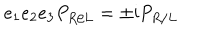
e _ { 1 } e _ { 2 } e _ { 3 } P _ { R / L } = \pm \mathrm { i } P _ { R / L }